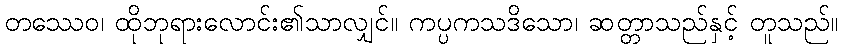
တဿေဝ၊ ထိုဘုရားလောင်း၏သာလျှင်။ ကပ္ပကသဒိသော၊ ဆတ္တာသည်နှင့် တူသည်။